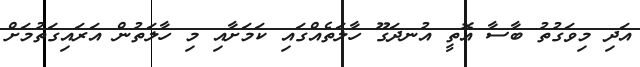
އަދި މިވަގުތު ބާސާ އޮތީ އުނދަގޫ ހާލަތެއްގައި ކަމަށާއި މި ހާލަތުން އަރައިގަތުމަށް